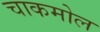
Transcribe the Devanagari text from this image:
चाकमोल